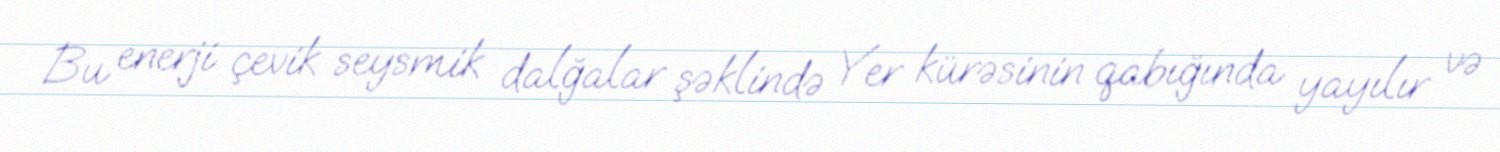
Bu enerji çevik seysmik dalğalar şəklində Yer kürəsinin qabığında yayılır və